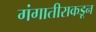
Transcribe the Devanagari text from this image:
गंगातीराकडून